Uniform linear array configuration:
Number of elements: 4
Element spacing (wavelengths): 0.5
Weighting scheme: hann
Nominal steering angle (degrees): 30
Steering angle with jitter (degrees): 28.736
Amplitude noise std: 0.05
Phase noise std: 0.05

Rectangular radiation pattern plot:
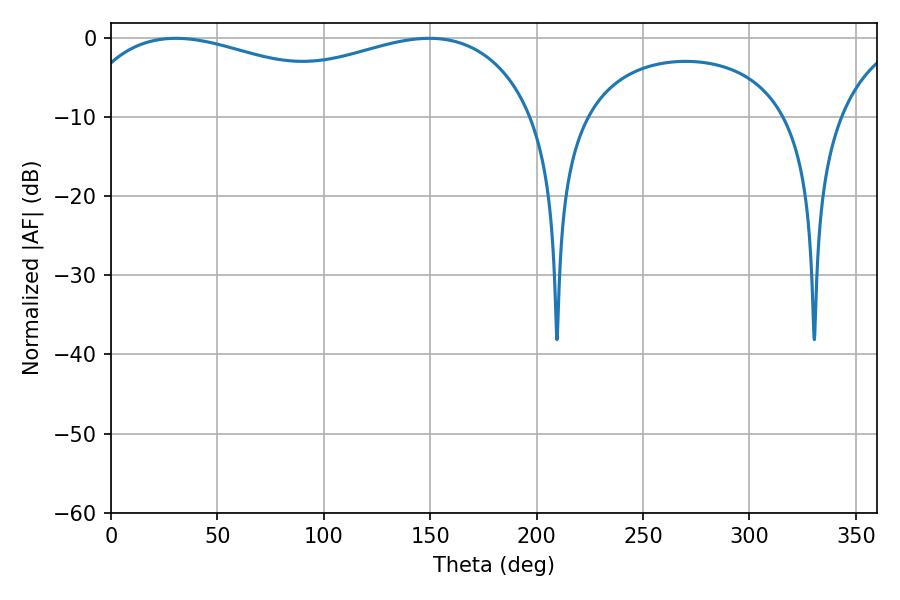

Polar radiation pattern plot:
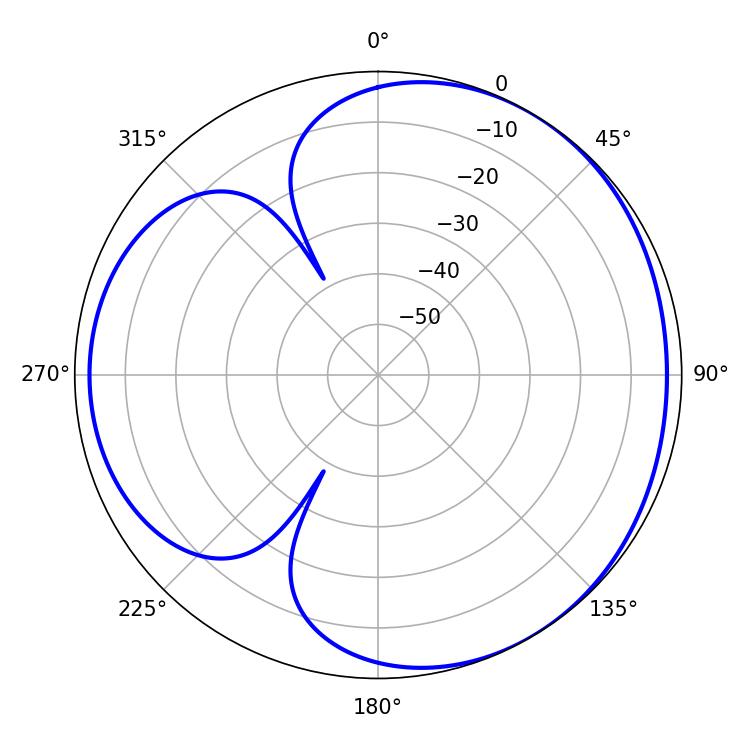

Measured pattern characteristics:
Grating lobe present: FALSE
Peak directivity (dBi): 3.498
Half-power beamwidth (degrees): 178.92
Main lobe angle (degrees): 30.42